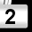
Digit: 2